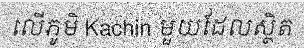
លើភូមិ Kachin មួយដែលស្ថិត